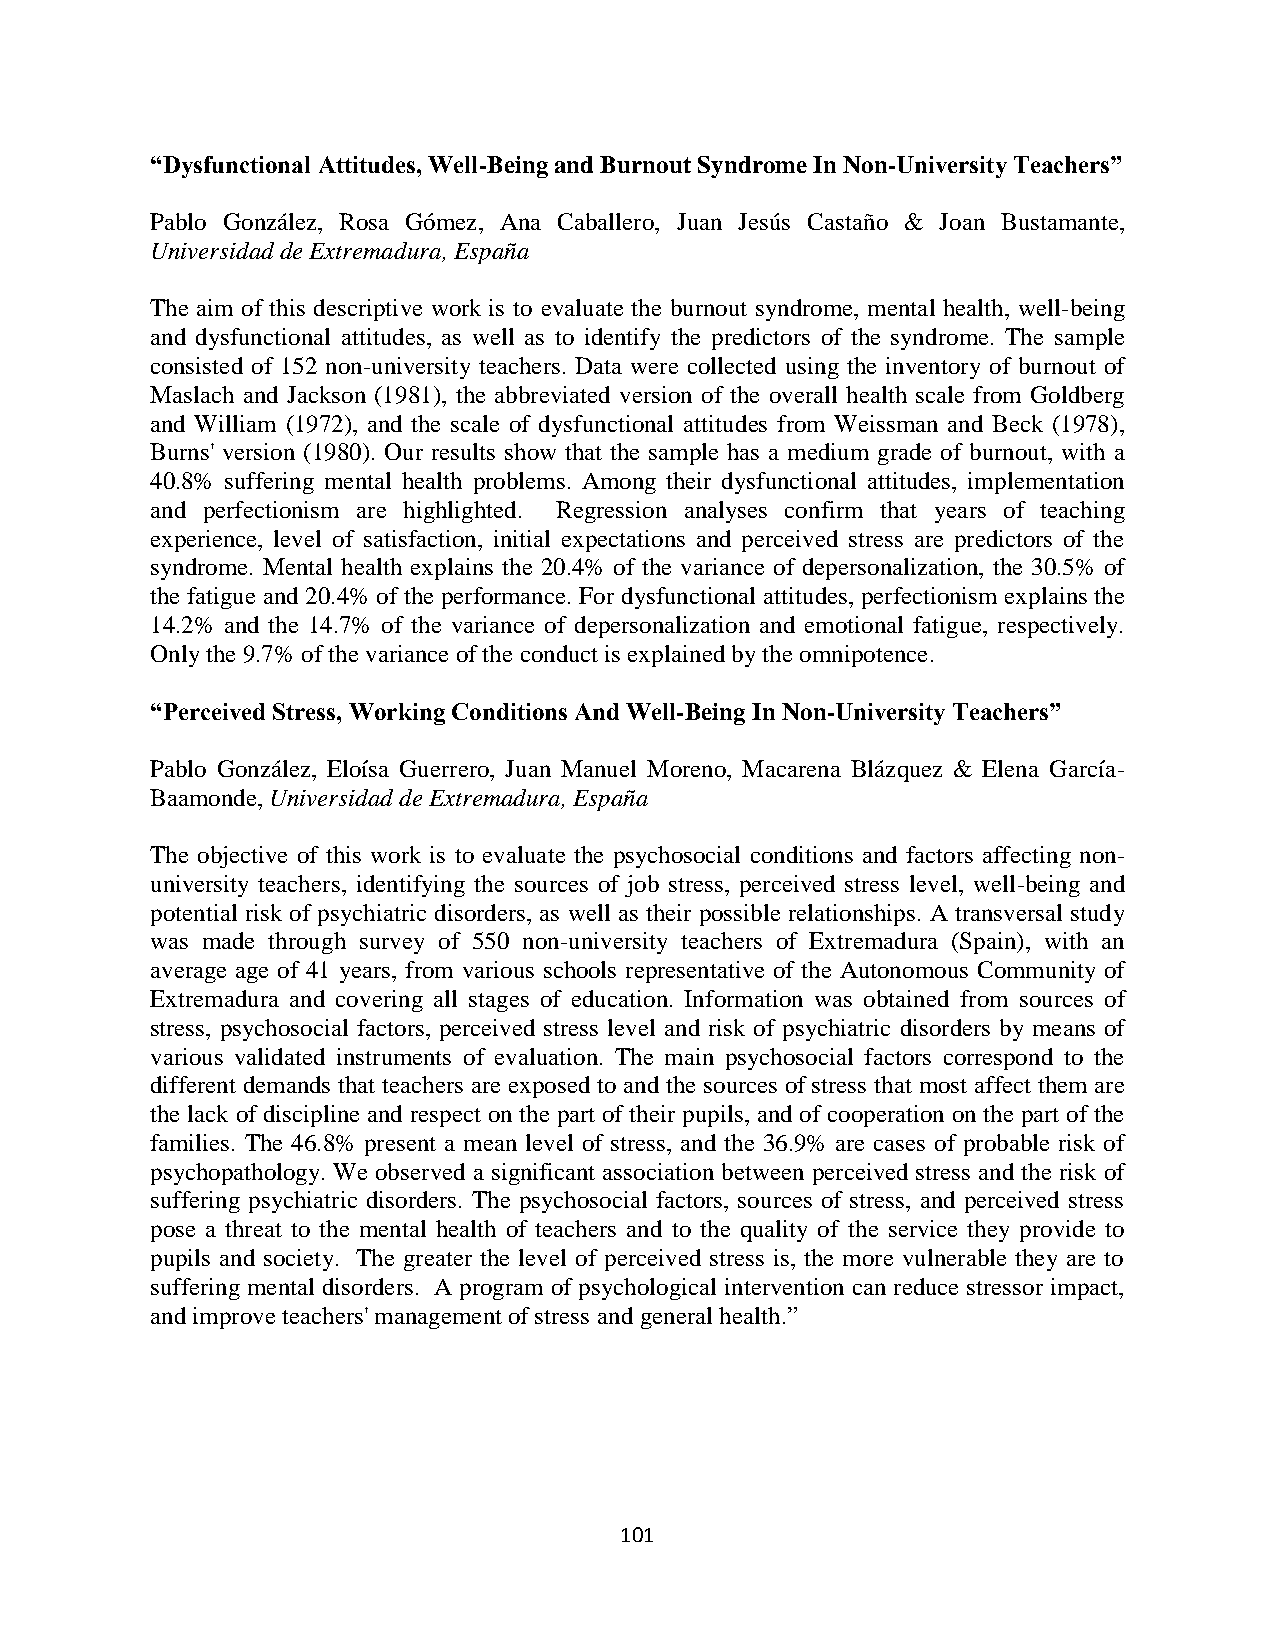
“Dysfunctional Attitudes, Well-Being and Burnout Syndrome In Non-University Teachers”
 Pablo González, Rosa Gómez, Ana Caballero, Juan Jesús Castaño & Joan Bustamante,
 Universidad de Extremadura, España
 The aim of this descriptive work is to evaluate the burnout syndrome, mental health, well-being
 and dysfunctional attitudes, as well as to identify the predictors of the syndrome. The sample
 consisted of 152 non-university teachers. Data were collected using the inventory of burnout of
 Maslach and Jackson (1981), the abbreviated version of the overall health scale from Goldberg
 and William (1972), and the scale of dysfunctional attitudes from Weissman and Beck (1978),
 Burns' version (1980). Our results show that the sample has a medium grade of burnout, with a
 40.8% suffering mental health problems. Among their dysfunctional attitudes, implementation
 and perfectionism are highlighted. Regression analyses confirm that years of teaching
 experience, level of satisfaction, initial expectations and perceived stress are predictors of the
 syndrome. Mental health explains the 20.4% of the variance of depersonalization, the 30.5% of
 the fatigue and 20.4% of the performance. For dysfunctional attitudes, perfectionism explains the
 14.2% and the 14.7% of the variance of depersonalization and emotional fatigue, respectively.
 Only the 9.7% of the variance of the conduct is explained by the omnipotence.
 “Perceived Stress, Working Conditions And Well-Being In Non-University Teachers”
 Pablo González, Eloísa Guerrero, Juan Manuel Moreno, Macarena Blázquez & Elena García-
 Baamonde, Universidad de Extremadura, España
 The objective of this work is to evaluate the psychosocial conditions and factors affecting non-
 university teachers, identifying the sources of job stress, perceived stress level, well-being and
 potential risk of psychiatric disorders, as well as their possible relationships. A transversal study
 was made through survey of 550 non-university teachers of Extremadura (Spain), with an
 average age of 41 years, from various schools representative of the Autonomous Community of
 Extremadura and covering all stages of education. Information was obtained from sources of
 stress, psychosocial factors, perceived stress level and risk of psychiatric disorders by means of
 various validated instruments of evaluation. The main psychosocial factors correspond to the
 different demands that teachers are exposed to and the sources of stress that most affect them are
 the lack of discipline and respect on the part of their pupils, and of cooperation on the part of the
 families. The 46.8% present a mean level of stress, and the 36.9% are cases of probable risk of
 psychopathology. We observed a significant association between perceived stress and the risk of
 suffering psychiatric disorders. The psychosocial factors, sources of stress, and perceived stress
 pose a threat to the mental health of teachers and to the quality of the service they provide to
 pupils and society. The greater the level of perceived stress is, the more vulnerable they are to
 suffering mental disorders. A program of psychological intervention can reduce stressor impact,
 and improve teachers' management of stress and general health.”
 101